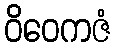
ဝိဝေကဇံ